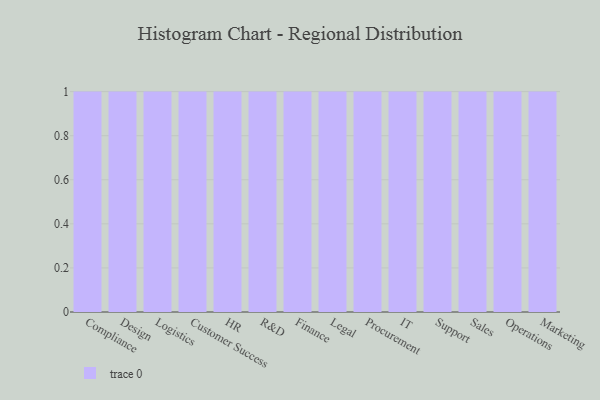
{"axis": {"x": "Department", "y": "Latency (ms)"}, "legend": [""], "data": [{"x": "Compliance", "y": 49, "type": ""}, {"x": "Design", "y": 6, "type": ""}, {"x": "Logistics", "y": 4, "type": ""}, {"x": "Customer Success", "y": 26, "type": ""}, {"x": "HR", "y": 73, "type": ""}, {"x": "R&D", "y": 85, "type": ""}, {"x": "Finance", "y": 33, "type": ""}, {"x": "Legal", "y": 73, "type": ""}, {"x": "Procurement", "y": 1, "type": ""}, {"x": "IT", "y": 46, "type": ""}, {"x": "Support", "y": 56, "type": ""}, {"x": "Sales", "y": 6, "type": ""}, {"x": "Operations", "y": 52, "type": ""}, {"x": "Marketing", "y": 60, "type": ""}]}